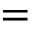
=